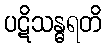
ပဋိသန္ဓရတိ